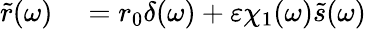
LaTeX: \begin{array}{rl}{\tilde{r}(\omega)}&{{}=r_{0}\delta(\omega)+\varepsilon\chi_{1}(\omega)\tilde{s}(\omega)}\end{array}